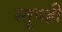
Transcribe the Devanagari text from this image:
स्तूपही